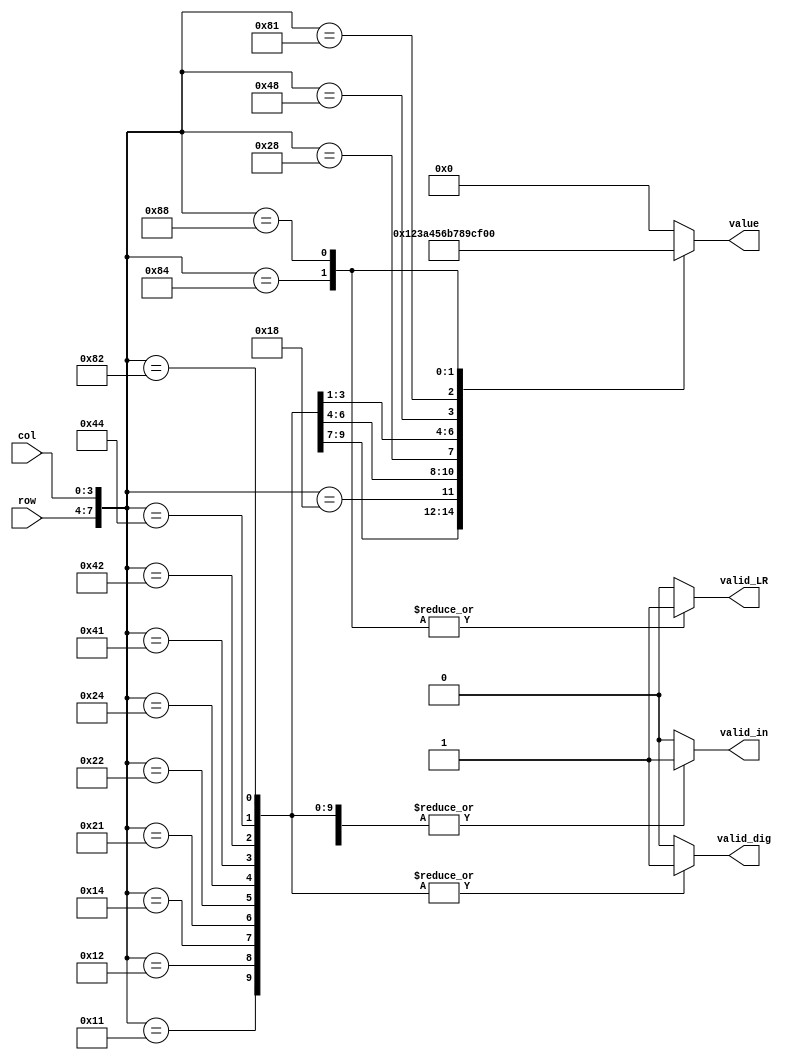
module keypad_decoder
(
	input [3:0] row,
	input [3:0] col,
	output reg [3:0] value,
	output reg valid_in,
	output reg valid_dig,
	output reg valid_LR
);
always @ (row, col)
begin
	// 1 2 3 A
	// 4 5 6 B
	// 7 8 9 C
	// E 0 F D
	case ({row, col})
		8'b0001_0001: begin value = 1; 	valid_in = 1; valid_dig = 1; valid_LR = 0; end  	// 1
		8'b0001_0010: begin value = 2; 	valid_in = 1; valid_dig = 1; valid_LR = 0; end  	// 2
		8'b0001_0100: begin value = 3; 	valid_in = 1; valid_dig = 1; valid_LR = 0; end  	// 3
		8'b0001_1000: begin value = 10; 	valid_in = 0; valid_dig = 0; valid_LR = 0; end
		8'b0010_0001: begin value = 4; 	valid_in = 1; valid_dig = 1; valid_LR = 0; end  	// 4
		8'b0010_0010: begin value = 5; 	valid_in = 1; valid_dig = 1; valid_LR = 0; end  	// 5
		8'b0010_0100: begin value = 6; 	valid_in = 1; valid_dig = 1; valid_LR = 0; end  	// 6
		8'b0010_1000: begin value = 11; 	valid_in = 0; valid_dig = 0; valid_LR = 0; end
		8'b0100_0001: begin value = 7; 	valid_in = 1; valid_dig = 1; valid_LR = 0; end  	// 7
		8'b0100_0010: begin value = 8; 	valid_in = 1; valid_dig = 1; valid_LR = 0; end  	// 8
		8'b0100_0100: begin value = 9; 	valid_in = 1; valid_dig = 1; valid_LR = 0; end  	// 9
		8'b0100_1000: begin value = 12; 	valid_in = 0; valid_dig = 0; valid_LR = 0; end 
		8'b1000_0001: begin value = 14; 	valid_in = 1; valid_dig = 0; valid_LR = 0; end 		// -
		8'b1000_0010: begin value = 0; 	valid_in = 1; valid_dig = 1; valid_LR = 0; end  	// 0
		8'b1000_0100: begin value = 15; 	valid_in = 0; valid_dig = 0; valid_LR = 1; end 		// Left
		8'b1000_1000: begin value = 13; 	valid_in = 0; valid_dig = 0; valid_LR = 1; end 		// Right
		default: begin value = 0; valid_in = 0; valid_dig = 0; valid_LR = 0; end
	endcase
end

endmodule